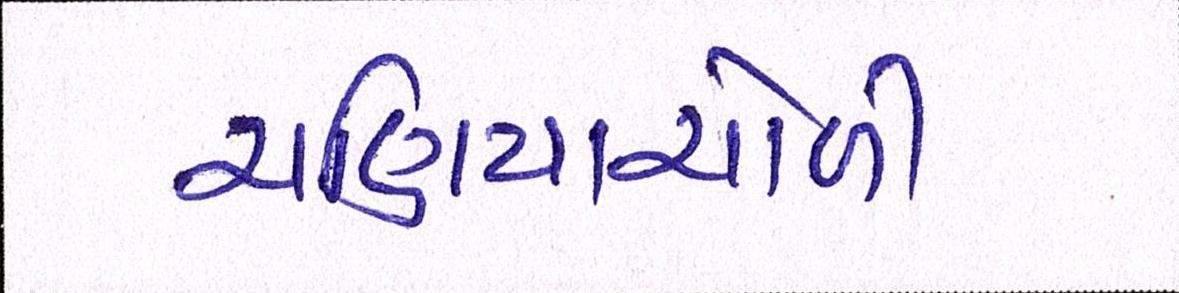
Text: ચણિયાચોળી